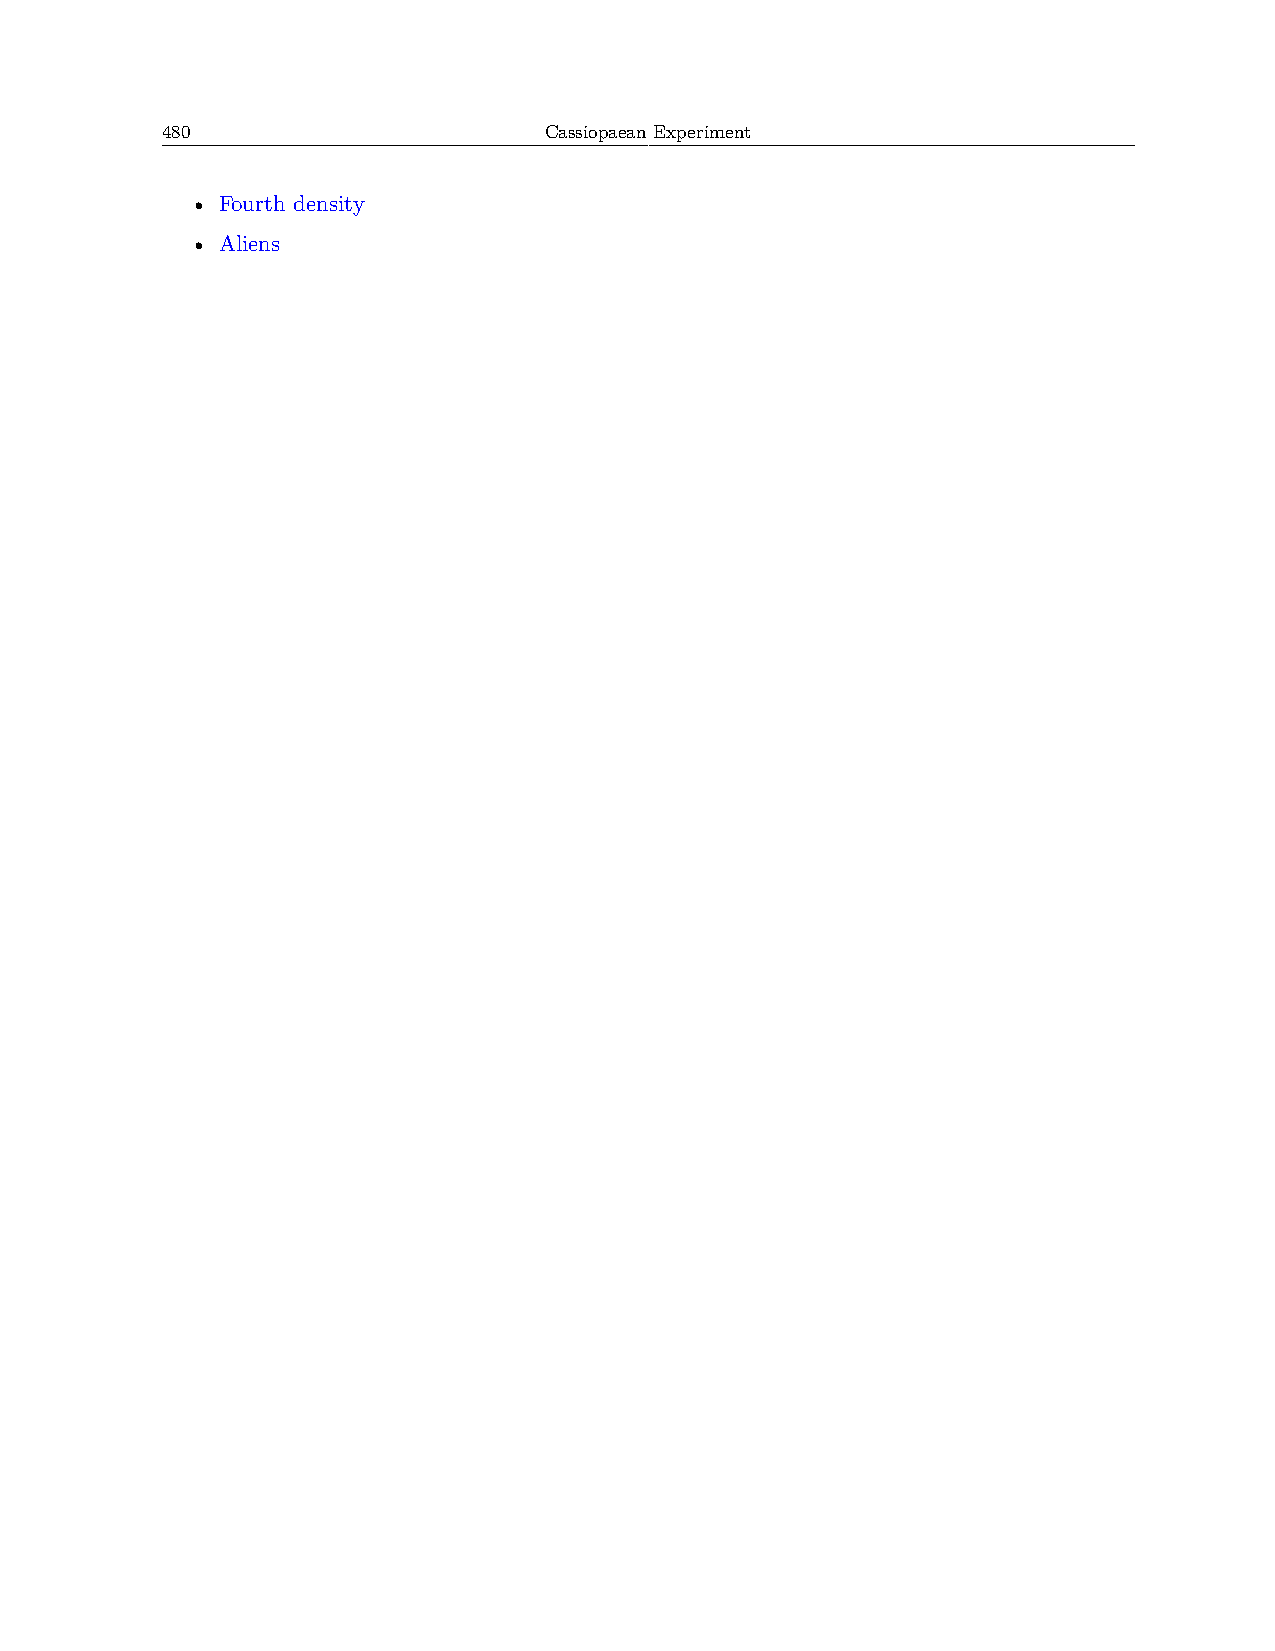
480                      Cassiopaean Experiment
 • Fourth density
 • Aliens